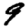
Digit: 9